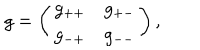
g = \left( \begin{array} { c c } { { g _ { + + } } } & { { g _ { + - } } } \\ { { g _ { - + } } } & { { g _ { -- } } } \\ \end{array} \right) ,